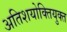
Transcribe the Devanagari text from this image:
अतिशयोक्‍तियुक्‍त